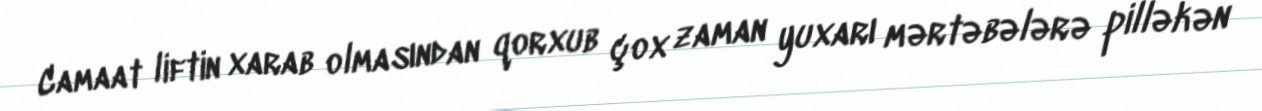
Camaat liftin xarab olmasından qorxub çox zaman yuxarı mərtəbələrə pilləkən